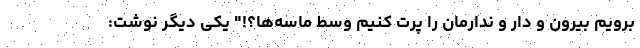
برویم بیرون و دار و ندارمان را پرت کنیم وسط ماسه‌ها؟!" یکی دیگر نوشت: